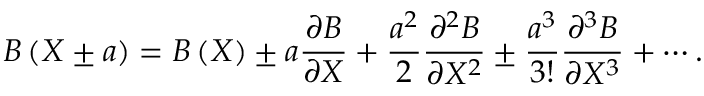
B \left( X \pm a \right) = B \left( X \right) \pm a \frac { \partial B } { \partial X } + \frac { { { a } ^ { 2 } } } { 2 } \frac { { { \partial } ^ { 2 } } B } { \partial { { X } ^ { 2 } } } \pm \frac { { { a } ^ { 3 } } } { 3 ! } \frac { { { \partial } ^ { 3 } } B } { \partial { { X } ^ { 3 } } } + \cdots .